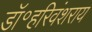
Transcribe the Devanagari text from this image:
डॉ॰हरिवंशराय